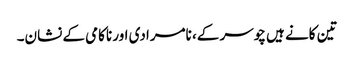
تین کانے ہیں چوسر کے، نامرادی اور ناکامی کے نشان۔